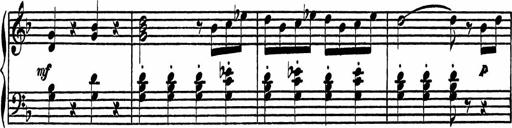
Title: 4 Piano Sonatinas
Composer: Adam Geibel